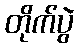
တိုက်ပွဲ